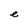
Character: e